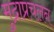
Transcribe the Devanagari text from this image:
मुद्राप्रचलन